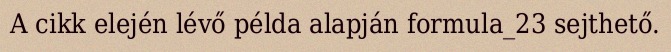
A cikk elején lévő példa alapján formula_23 sejthető.